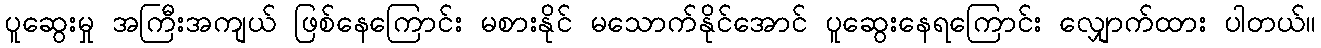
ပူဆွေးမှု အကြီးအကျယ် ဖြစ်နေကြောင်း မစားနိုင် မသောက်နိုင်အောင် ပူဆွေးနေရကြောင်း လျှောက်ထား ပါတယ်။